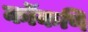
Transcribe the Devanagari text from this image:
कॊंकणि